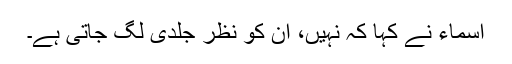
اسماء نے کہا کہ نہیں، ان کو نظر جلدی لگ جاتی ہے۔